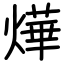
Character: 燁